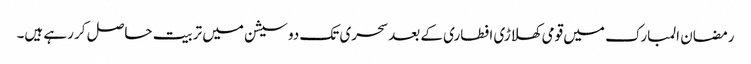
رمضان المبارک میں قومی کھلاڑی افطاری کے بعد سحری تک دو سیشن میں تربیت حاصل کر رہے ہیں۔